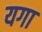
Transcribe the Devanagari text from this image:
यगा